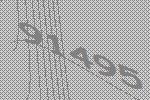
91495